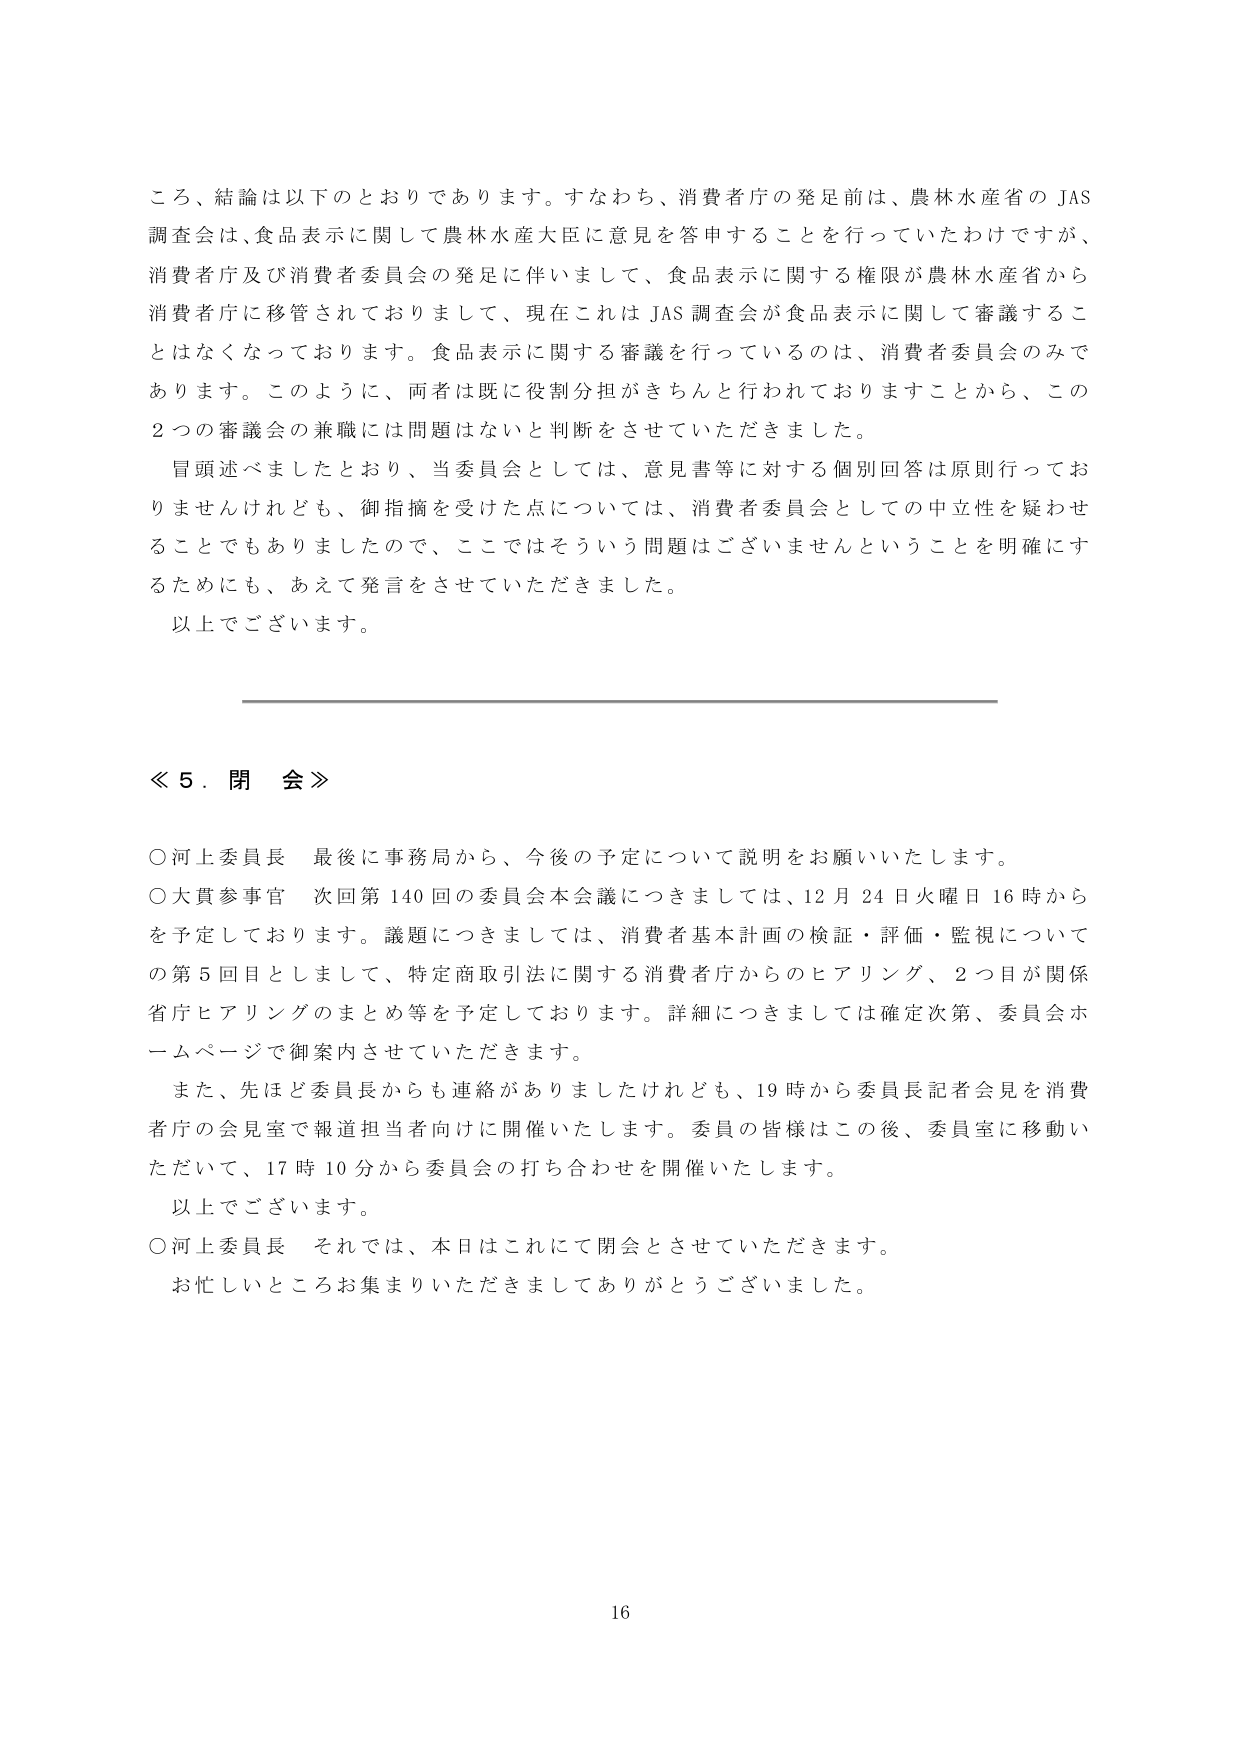
ころ、結論は以下のとおりであります。すなわち、消費者庁の発足前は、農林水産省の JAS 調査会は、食品表示に関して農林水産大臣に意見を答申することを行っていたわけですが、消費者庁及び消費者委員会の発足に伴いまして、食品表示に関する権限が農林水産省から消費者庁に移管されておりまして、現在これは JAS 調査会が食品表示に関して審議することはなくなっております。食品表示に関する審議を行っているのは、消費者委員会のみであります。このように、両者は既に役割分担がきちんと行われておりますことから、この2つの審議会の兼職には問題はないと判断をさせていただきました。

冒頭述べましたとおり、当委員会としては、意見書等に対する個別回答は原則行っておりませんけれども、御指摘を受けた点については、消費者委員会としての中立性を疑わせることでもありましたので、ここではそういう問題はございませんということを明確にするためにも、あえて発言をさせていただきました。

以上でございます。

≪ 5．閉 会 ≫

○河上委員長 最後に事務局から、今後の予定について説明をお願いいたします。

○大貫参事官 次回第140回の委員会本会議につきましては、12月24日火曜日16時からを予定しております。議題につきましては、消費者基本計画の検証・評価・監視についての第5回目としまして、特定商取引法に関する消費者庁からのヒアリング、2つ目が関係省庁ヒアリングのまとめ等を予定しております。詳細につきましては確定次第、委員会ホームページで御案内させていただきます。

また、先ほど委員長からも連絡がありましたけれども、19時から委員長記者会見を消費者庁の会見室で報道担当者向けに開催いたします。委員の皆様はこの後、委員室に移動いただいて、17時10分から委員会の打ち合わせを開催いたします。

以上でございます。

○河上委員長 それでは、本日はこれにて閉会とさせていただきます。

お忙しいところお集まりいただきましてありがとうございました。

16